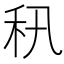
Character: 𥝡